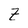
Character: Z